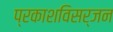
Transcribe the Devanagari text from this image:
प्रकाशविसर्जन